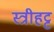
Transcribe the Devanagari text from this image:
स्त्रीहट्ट